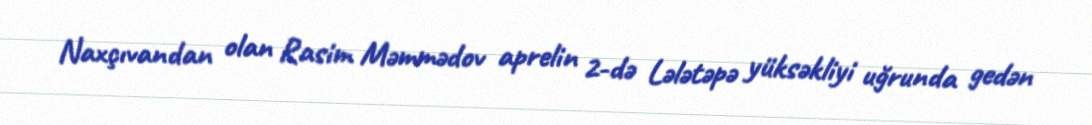
Naxçıvandan olan Rasim Məmmədov aprelin 2-də Lələtəpə yüksəkliyi uğrunda gedən